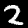
Digit: 2